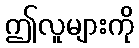
ဤလူများကို